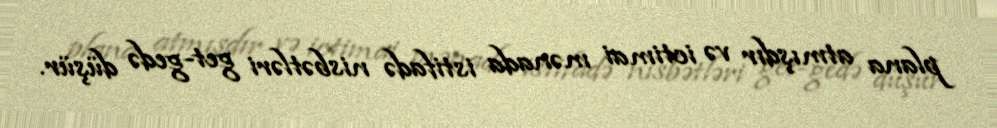
plana atmışdır və ictimai mənada istifadə nisbətləri get-gedə düşür.